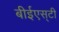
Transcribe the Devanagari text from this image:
बीईएस्‌टी